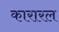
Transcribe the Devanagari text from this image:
कारारल